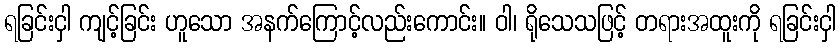
ရခြင်းငှါ ကျင့်ခြင်း ဟူသော အနက်ကြောင့်လည်းကောင်း။ ဝါ၊ ရိုသေသဖြင့် တရားအထူးကို ရခြင်းငှါ